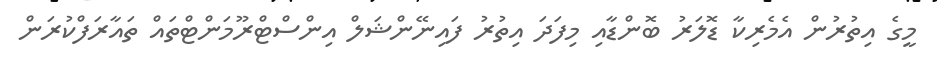
މީގެ އިތުރުން އެމެރިކާ ޑޮލަރު ބޮންޑާއި މިފަދަ އިތުރު ފައިނޭންޝަލް އިންސްޓްރޫމަންޓްތައް ތައާރަފްކުރަން